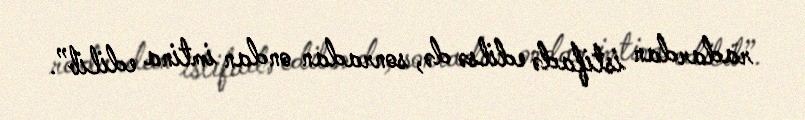
radardan istifadə edilsə də, sonradan ondan imtina edilib”.